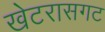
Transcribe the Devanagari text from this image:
खेटरासगट